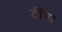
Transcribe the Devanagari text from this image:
टींपा